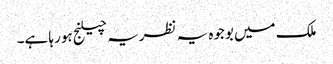
ملک میں بوجوہ یہ نظریہ چیلنج ہو رہا ہے۔